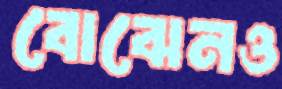
বোঝেনও